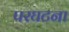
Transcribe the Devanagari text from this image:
परघटना